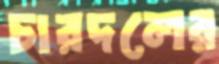
চারদলের